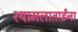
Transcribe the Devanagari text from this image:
श्यामलाताईंना